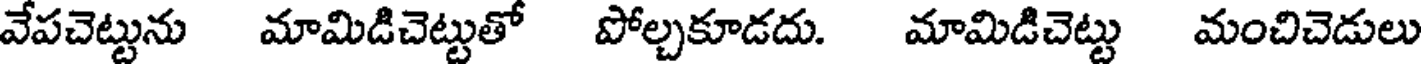
వేపచెట్టును మామిడిచెట్టుతో పోల్చకూడదు. మామిడిచెట్టు మంచిచెడులు